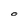
Character: O